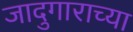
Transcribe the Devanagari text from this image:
जादुगाराच्या